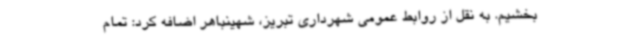
‌بخشیم. به نقل از روابط عمومی شهرداری تبریز، شهینباهر اضافه کرد: تمام